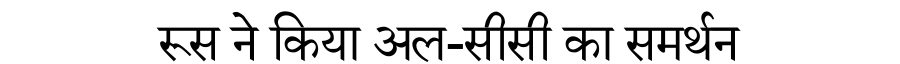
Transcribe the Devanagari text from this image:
रूस ने किया अल-सीसी का समर्थन